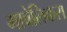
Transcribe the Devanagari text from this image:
मावेलिकरा